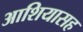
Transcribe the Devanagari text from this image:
आशियासह